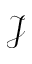
\mathcal { J }